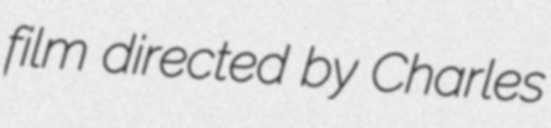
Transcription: film directed by Charles